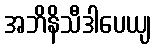
အဘိနိသီဒါပေယျ